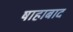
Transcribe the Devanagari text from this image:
षाहाबाद